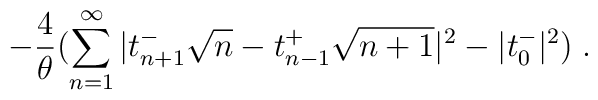
-\frac{4}{\theta}(\sum_{n=1}^{\infty}|t_{n+1}^-\sqrt{n}-t_{n-1}^+\sqrt{n+1}|^2-|t_0^-|^2)\;.